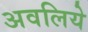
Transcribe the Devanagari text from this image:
अवलिये